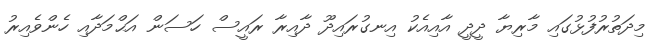
މިދަތުރުފުޅުގައި މާރިޔާ ދީދީ އާއިއެކު އިނގުރައިދޫ ދާއިރާ ރައީސް ހަސަން އަޙްމަދާއި ހެންވެއިރު